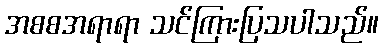
အစစအရာရာ သင်ကြားပြသပါသည်။